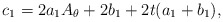
\begin{align*}c_{1}=2a_{1}A_{\theta}+2b_{1}+2t(a_{1}+b_{1}),\end{align*}